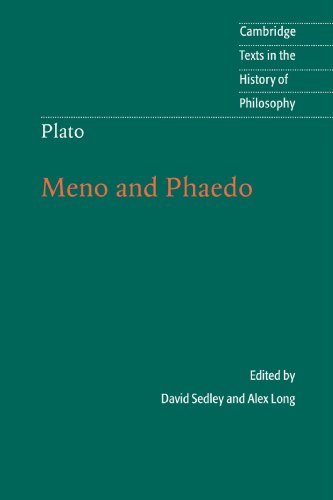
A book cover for Plato: Meno and Phaedo (Cambridge Texts in the History of Philosophy); Politics & Social Sciences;